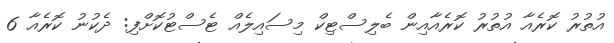
އުތުރު ކޮރެއާ އުތުރު ކޮރެއާއިން ބެލިސްޓިކް މިސައިލެއް ޓެސްޓުކޮށްފި: ދެކުނު ކޮރެއާ 6